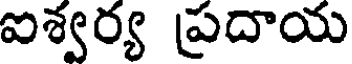
ఐశ్వర్య ప్రదాయ